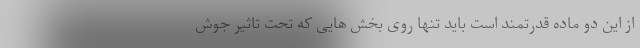
از این دو ماده قدرتمند است باید تنها روی بخش هایی که تحت تاثیر جوش